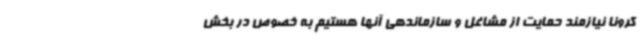
کرونا نیازمند حمایت از مشاغل و سازماندهی آنها هستیم به خصوص در بخش